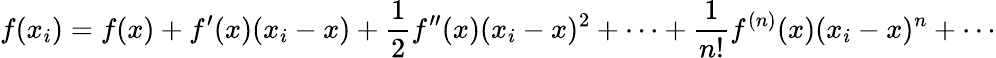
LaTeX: f(x_{i})=f(x)+f^{\prime}(x)(x_{i}-x)+\frac{1}{2}f^{\prime\prime}(x)(x_{i}-x)^{2}+\cdots+\frac{1}{n!}f^{(n)}(x)(x_{i}-x)^{n}+\cdots